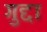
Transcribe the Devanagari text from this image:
गुद्दा